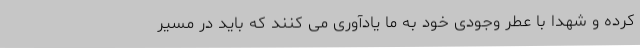
کرده و شهدا با عطر وجودی خود به ما یادآوری می کنند که باید در مسیر